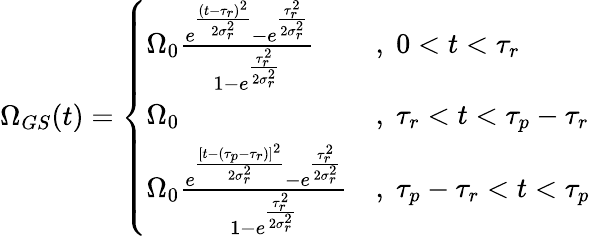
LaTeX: \Omega_{GS}(t)=\left\{ \begin{array}{ll}{\Omega_{0}\frac{e^{\frac{(t-\tau_{r})^{2}}{2\sigma_{r}^{2}}}-e^{\frac{\tau_{r}^{2}}{2\sigma_{r}^{2}}}}{1-e^{\frac{\tau_{r}^{2}}{2\sigma_{r}^{2}}}}}&{,\; 0<t<\tau_{r}}\\ {\Omega_{0}}&{,\; \tau_{r}<t<\tau_{p}-\tau_{r}}\\ {\Omega_{0}\frac{e^{\frac{[t-(\tau_{p}-\tau_{r})]^{2}}{2\sigma_{r}^{2}}}-e^{\frac{\tau_{r}^{2}}{2\sigma_{r}^{2}}}}{1-e^{\frac{\tau_{r}^{2}}{2\sigma_{r}^{2}}}}}&{,\; \tau_{p}-\tau_{r}<t<\tau_{p}}\end{array}\right.